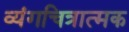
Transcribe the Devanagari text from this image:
व्यंगचित्रात्मक